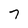
Character: 7